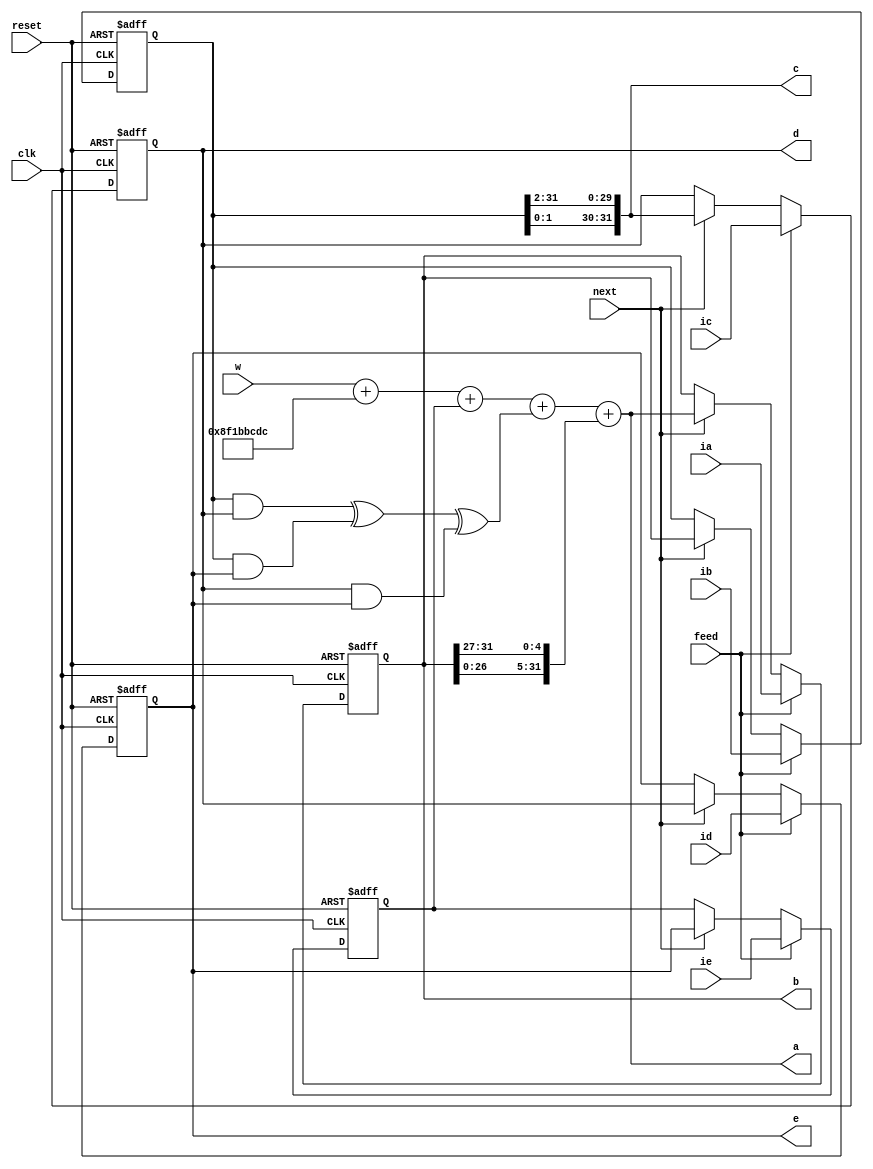
`timescale 1ns / 1ps

module op2( clk,    
            reset,
            feed,
            next,
            w,
            ia,
            ib,
            ic,
            id,
            ie,
            a,
            b,
            c,
            d,
            e
          );

  input         clk;    
  input         reset;
  input         feed;
  input         next;
  
  input  [31:0] w;
  input  [31:0] ia;
  input  [31:0] ib;
  input  [31:0] ic;
  input  [31:0] id;
  input  [31:0] ie;
  
  output [31:0] a;
  output [31:0] b;
  output [31:0] c;
  output [31:0] d;
  output [31:0] e;


  reg  [31:0] ra;
  reg  [31:0] rb;
  reg  [31:0] rc;
  reg  [31:0] rd;
  reg  [31:0] re;
  wire [31:0] _aIn;
  wire [31:0] _bIn;
  wire [31:0] _cIn;
  wire [31:0] _dIn;
  wire [31:0] _eIn;
  wire [31:0] aIn;
  wire [31:0] bIn;
  wire [31:0] cIn;
  wire [31:0] dIn;
  wire [31:0] eIn;

  wire [31:0] aShift;
  wire [31:0] bShift;

assign aShift = { ra[26:0], ra[31:27] };
assign bShift = { rb[ 1:0], rb[31: 2] };

assign _aIn = w + 32'h8f1bbcdc + re + ((rb&rc)^(rb&rd)^(rc&rd)) + aShift;
assign _bIn = ra;
assign _cIn = bShift;
assign _dIn = rc;
assign _eIn = rd;

assign aIn = (feed)? ia : ( (next)? _aIn : ra );
assign bIn = (feed)? ib : ( (next)? _bIn : rb );
assign cIn = (feed)? ic : ( (next)? _cIn : rc );
assign dIn = (feed)? id : ( (next)? _dIn : rd );
assign eIn = (feed)? ie : ( (next)? _eIn : re );

assign a = _aIn;
assign b = _bIn;
assign c = _cIn;
assign d = _dIn;
assign e = _eIn;

always @ ( posedge clk or posedge reset ) 
 begin
   if ( reset ) 
    begin
      ra <= 32'd0;
      rb <= 32'd0;
      rc <= 32'd0;
      rd <= 32'd0;
      re <= 32'd0;
    end 
   else 
    begin
      ra <= aIn;
      rb <= bIn;
      rc <= cIn;
      rd <= dIn;
      re <= eIn; 
    end
end
endmodule